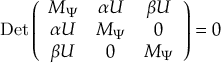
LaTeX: \mathrm { D e t } \left( \begin{array} { c c c } { { M _ { \Psi } } } & { { \alpha U } } & { { \beta U } } \\ { { \alpha U } } & { { M _ { \Psi } } } & { { 0 } } \\ { { \beta U } } & { { 0 } } & { { M _ { \Psi } } } \end{array} \right) = 0